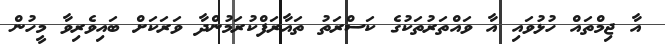
އާ ޖިމްތައް ހުޅުވައި އާ ވައްތަރުތަކުގެ ކަސްރަތު ތައާރަފްކުރަމުންދާ ވަރަކަށް ބައިވެރިވާ މީހުން